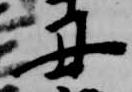
丑